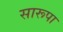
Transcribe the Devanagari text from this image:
सारूपा